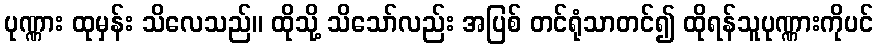
ပုဏ္ဏား ထုမှန်း သိလေသည်။ ထိုသို့ သိသော်လည်း အပြစ် တင်ရုံသာတင်၍ ထိုရန်သူပုဏ္ဏားကိုပင်